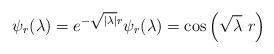
LaTeX: \begin{align*}\psi_r(\lambda)= e^{-\sqrt{|\lambda|}r} \psi_r(\lambda)= \cos\left(\sqrt{\lambda}\ r\right) \end{align*}